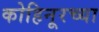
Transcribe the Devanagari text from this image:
कोहिनूरच्या